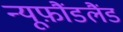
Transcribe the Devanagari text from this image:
न्यूफ़ौंडलैंड